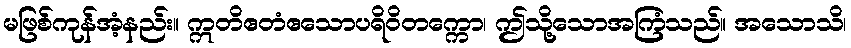
မဖြစ်ကုန်အံ့နည်း။ ဣတိဧတံဧသောပရိဝိတက္ကော၊ ဤသို့သောအကြံသည်။ အသောသိ၊